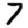
Digit: 7